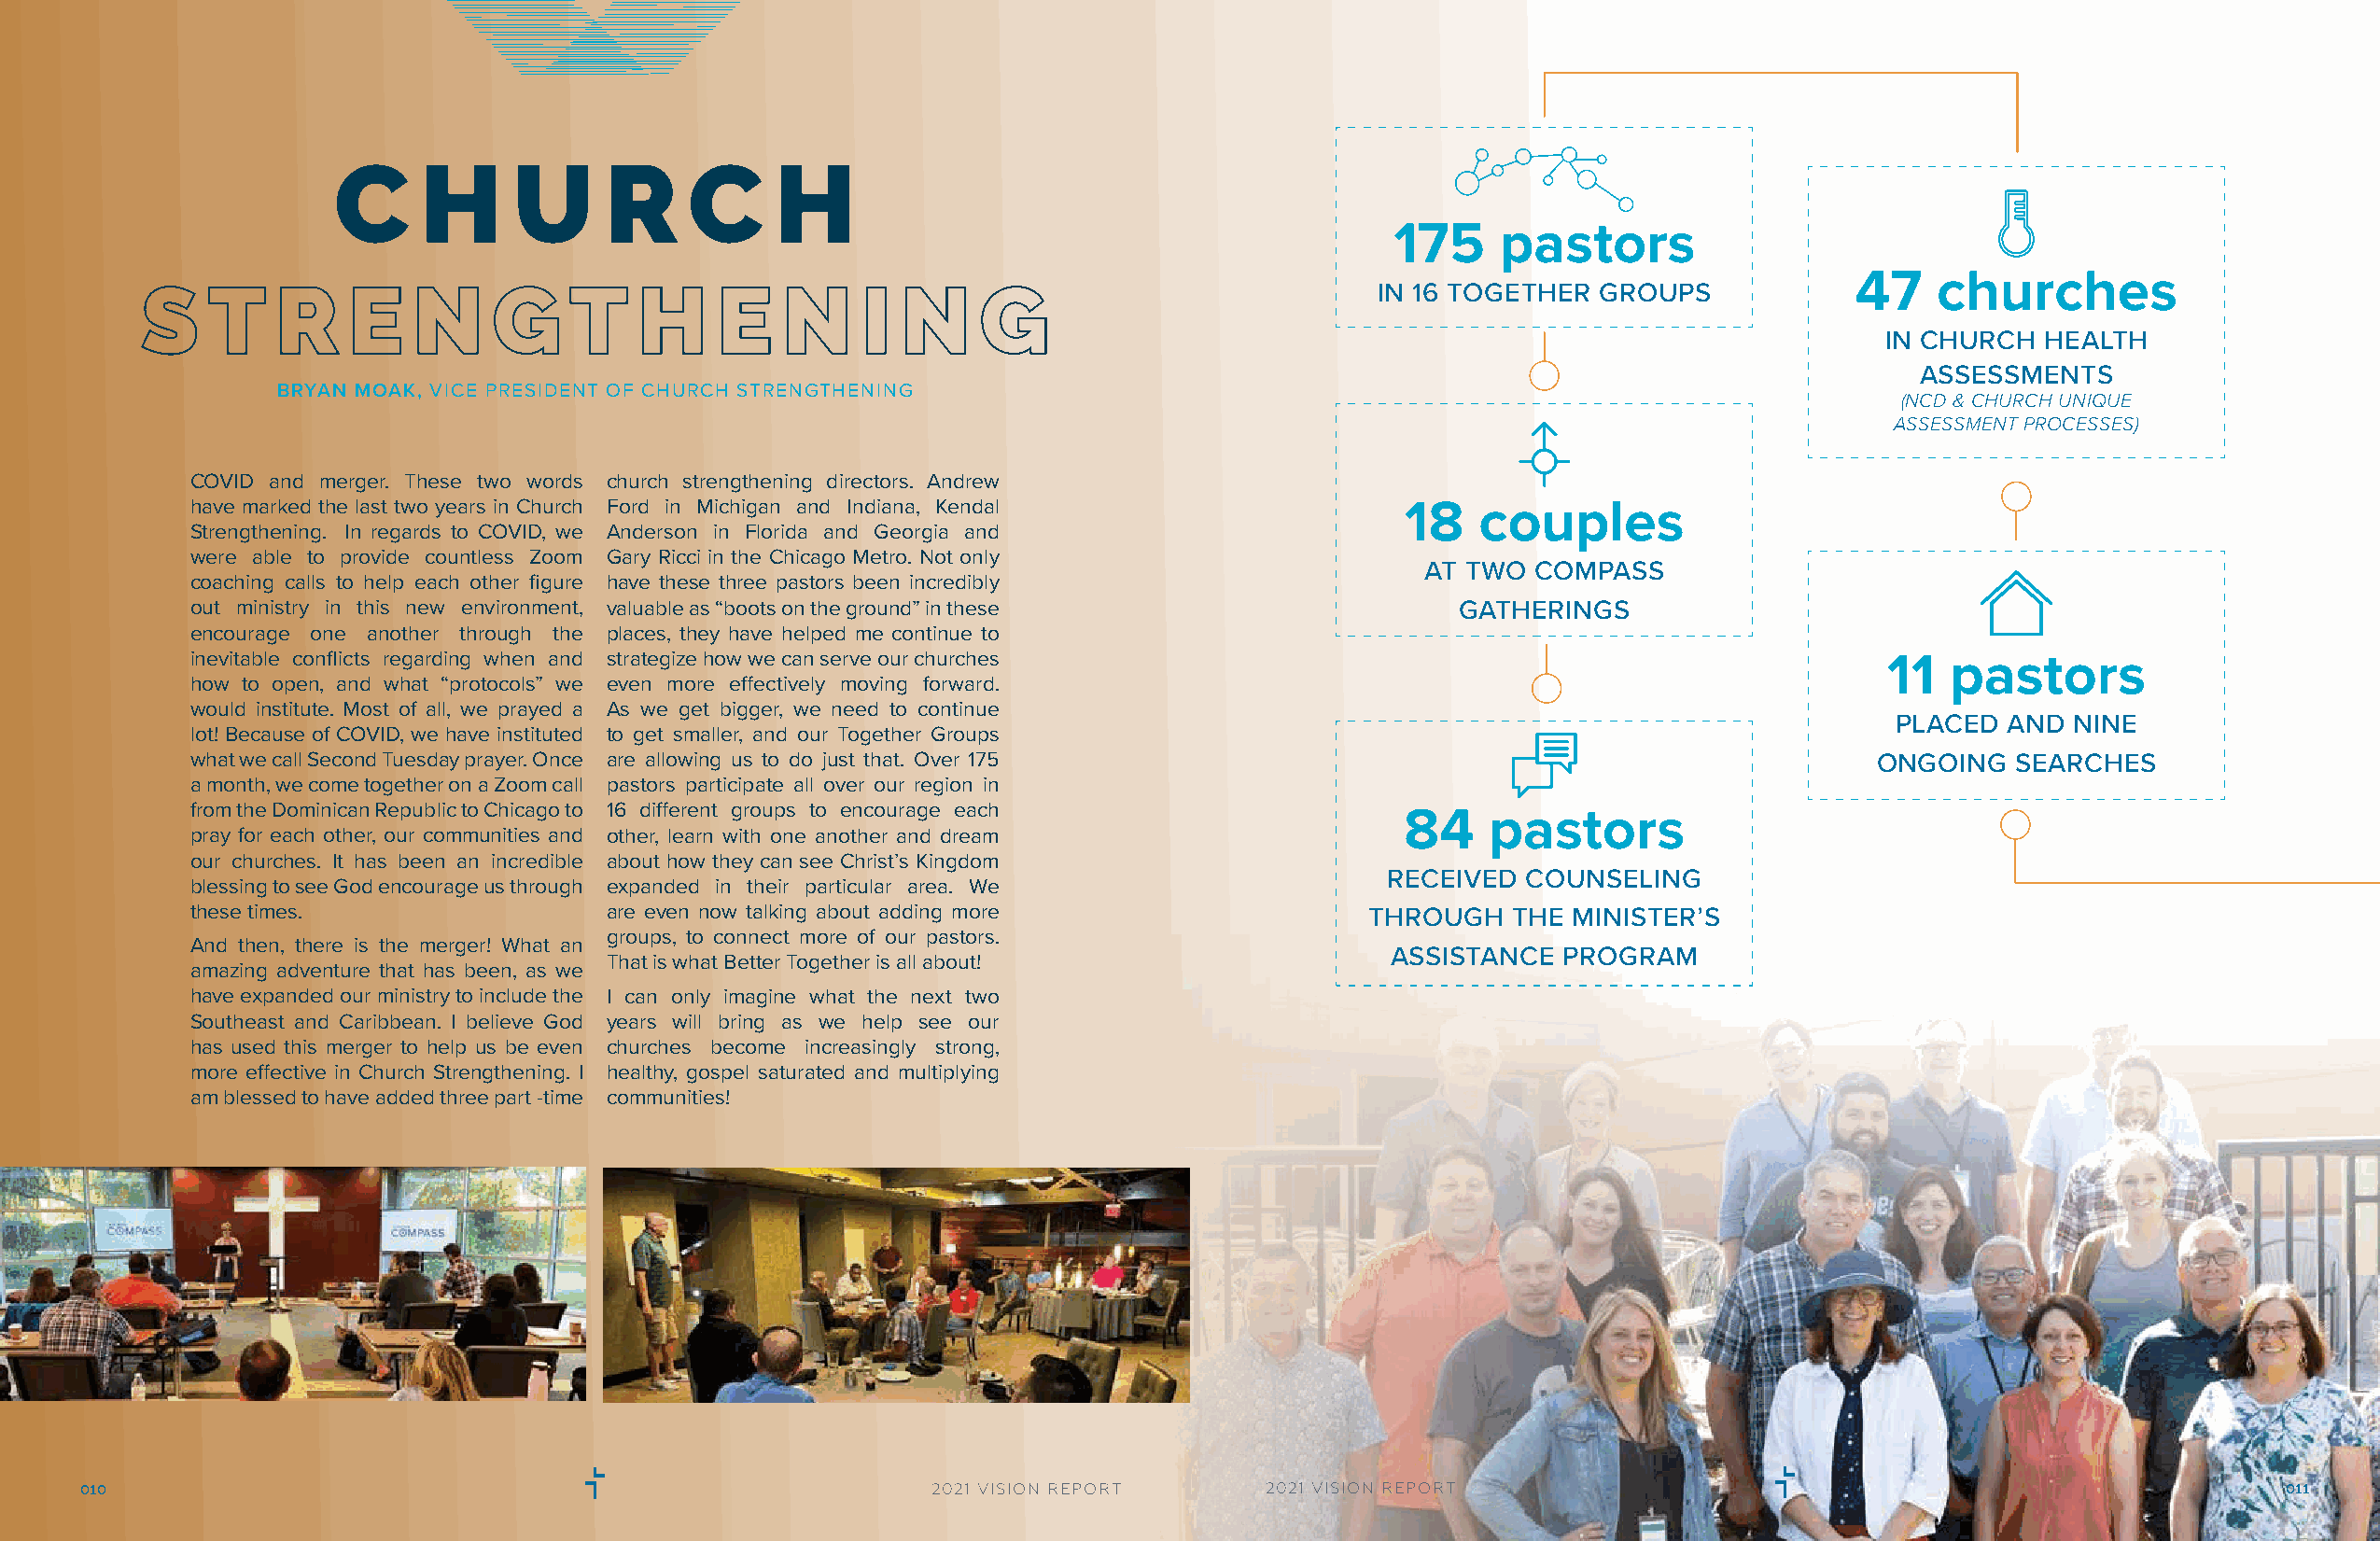
C     H     U      R     C     H
 175    pastors
 47   churches
 S    T    R    E   N     G    T    H     E   N     I  N     G                           IN 16 TOGETHER GROUPS
 IN CHURCH  HEALTH
 ASSESSMENTS
 BRYAN MOAK, VICE PRESIDENT OF CHURCH STRENGTHENING
 (NCD & CHURCH UNIQUE
 ASSESSMENT PROCESSES)
 COVID and merger. These two words church strengthening directors. Andrew
 have marked the last two years in Church Ford in Michigan and Indiana, Kendal         18   couples
 Strengthening. In regards to COVID, we Anderson in Florida and Georgia and
 were able to provide countless Zoom Gary Ricci in the Chicago Metro. Not only
 AT TWO  COMPASS
 coaching calls to help each other figure have these three pastors been incredibly
 out ministry in this new environment, valuable as “boots on the ground” in these         GATHERINGS
 encourage one another through the places, they have helped me continue to
 inevitable conflicts regarding when and strategize how we can serve our churches
 11  pastors
 how to open, and what “protocols” we even more effectively moving forward.
 would institute. Most of all, we prayed a As we get bigger, we need to continue
 PLACED  AND  NINE
 lot! Because of COVID, we have instituted to get smaller, and our Together Groups
 what we call Second Tuesday prayer. Once are allowing us to do just that. Over 175                                     ONGOING   SEARCHES
 a month, we come together on a Zoom call pastors participate all over our region in
 from the Dominican Republic to Chicago to 16 different groups to encourage each
 84    pastors
 pray for each other, our communities and other, learn with one another and dream
 our churches. It has been an incredible about how they can see Christ’s Kingdom
 RECEIVED  COUNSELING
 blessing to see God encourage us through expanded in their particular area. We
 these times.                 are even now talking about adding more                THROUGH   THE  MINISTER’S
 groups, to connect more of our pastors.
 And then, there is the merger! What an
 ASSISTANCE  PROGRAM
 That is what Better Together is all about!
 amazing adventure that has been, as we
 have expanded our ministry to include the I can only imagine what the next two
 Southeast and Caribbean. I believe God years will bring as we help see our
 has used this merger to help us be even churches become increasingly strong,
 more effective in Church Strengthening. I healthy, gospel saturated and multiplying
 am blessed to have added three part -time communities!
 010                                                         2021 VISION REPORT      2021 VISION REPORT                                                      011